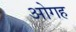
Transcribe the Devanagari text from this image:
ओगह